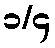
၁/၄